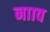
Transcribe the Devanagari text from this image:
नााव